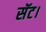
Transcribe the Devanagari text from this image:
सॅट।